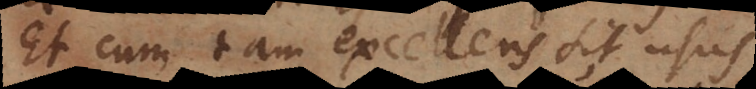
Et cum tam excellens sit usus